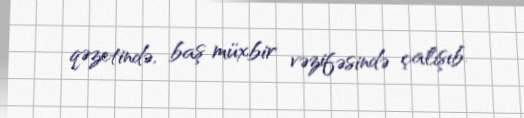
qəzetində, baş müxbir vəzifəsində çalışıb.